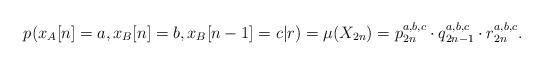
LaTeX: \begin{align*}&p(x_A [n] = a,x_B [n] = b,x_B [n - 1] = c|r) = \mu (X_{2n} ) = p_{2n}^{a,b,c} \cdot q_{2n - 1}^{a,b,c} \cdot r_{2n}^{a,b,c}.\end{align*}